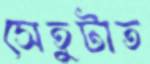
সেতুটাত